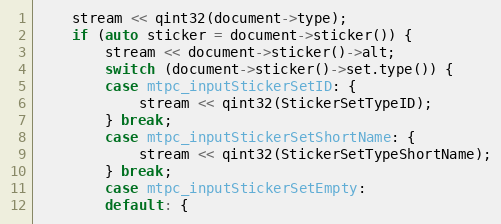
Language: C++
	stream << qint32(document->type);
	if (auto sticker = document->sticker()) {
		stream << document->sticker()->alt;
		switch (document->sticker()->set.type()) {
		case mtpc_inputStickerSetID: {
			stream << qint32(StickerSetTypeID);
		} break;
		case mtpc_inputStickerSetShortName: {
			stream << qint32(StickerSetTypeShortName);
		} break;
		case mtpc_inputStickerSetEmpty:
		default: {